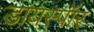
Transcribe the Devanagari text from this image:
डायस्पॉर